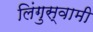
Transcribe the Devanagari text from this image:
लिंगुस्वामी